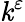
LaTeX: \mathit{k}^{\varepsilon}